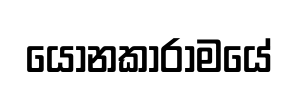
යෝනකාරාමයේ